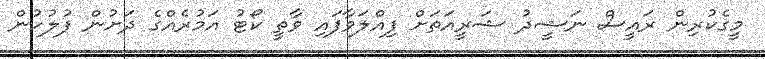
މީގެކުރިން ރައީސް ނަޝީދު ޝަރީއަތަށް ފިއްލަވާފައި ވާތީ ކޯޓު އަމުރެއްގެ ދަށުން ފުލުހުން